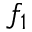
f _ { 1 }